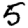
Digit: 5